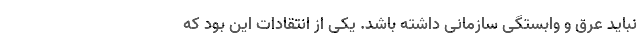
نباید عرق و وابستگی سازمانی داشته باشد. یکی از انتقادات این بود که